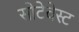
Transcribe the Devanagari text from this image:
सोटेवेस्ट